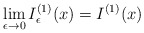
\begin{align*}\lim\limits_{\epsilon\to0}I_{\epsilon}^{(1)}(x)=I^{(1)}(x)\end{align*}